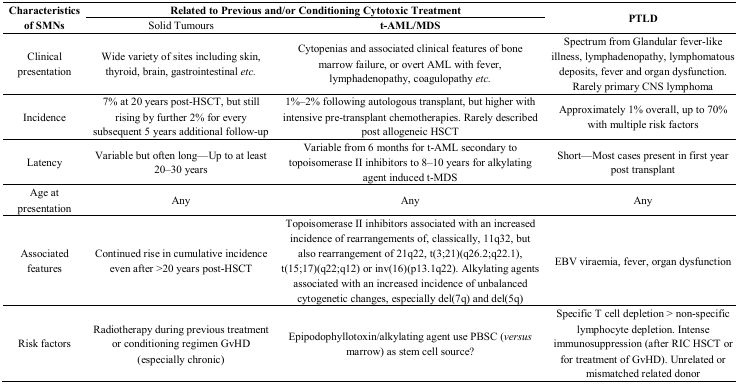
<table><thead><tr><td rowspan="2"><b>Characteristics of SMNs</b></td><td colspan="2"><b>Related to Previous and/or Conditioning Cytotoxic Treatment</b></td><td rowspan="2"><b>PTLD</b></td></tr><tr><td><b>Solid Tumours</b></td><td><b>t-AML/MDS</b></td></tr></thead><tbody><tr><td>Clinical presentation</td><td>Wide variety of sites including skin, thyroid, brain, gastrointestinal <i>etc.</i></td><td>Cytopenias and associated clinical features of bone marrow failure, or overt AML with fever, lymphadenopathy, coagulopathy <i>etc.</i></td><td>Spectrum from Glandular fever-like illness, lymphadenopathy, lymphomatous deposits, fever and organ dysfunction. Rarely primary CNS lymphoma</td></tr><tr><td>Incidence</td><td>7% at 20 years post-HSCT, but still rising by further 2% for every subsequent 5 years additional follow-up</td><td>1%–2% following autologous transplant, but higher with intensive pre-transplant chemotherapies. Rarely described post allogeneic HSCT</td><td>Approximately 1% overall, up to 70% with multiple risk factors</td></tr><tr><td>Latency</td><td>Variable but often long—Up to at least 20–30 years</td><td>Variable from 6 months for t-AML secondary to topoisomerase II inhibitors to 8–10 years for alkylating agent induced t-MDS</td><td>Short—Most cases present in first year post transplant</td></tr><tr><td>Age at presentation</td><td>Any</td><td>Any</td><td>Any</td></tr><tr><td>Associated features</td><td>Continued rise in cumulative incidence even after &gt;20 years post-HSCT</td><td>Topoisomerase II inhibitors associated with an increased incidence of rearrangements of, classically, 11q32, but also rearrangement of 21q22, t(3;21)(q26.2;q22.1), t(15;17)(q22;q12) or inv(16)(p13.1q22). Alkylating agents associated with an increased incidence of unbalanced cytogenetic changes, especially del(7q) and del(5q)</td><td>EBV viraemia, fever, organ dysfunction</td></tr><tr><td>Risk factors</td><td>Radiotherapy during previous treatment or conditioning regimen GvHD (especially chronic)</td><td>Epipodophyllotoxin/alkylating agent use PBSC (<i>versus</i> marrow) as stem cell source?</td><td>Specific T cell depletion &gt; non-specific lymphocyte depletion. Intense immunosuppression (after RIC HSCT or for treatment of GvHD). Unrelated or mismatched related donor</td></tr></tbody></table>